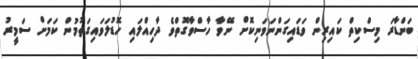
ބަންޑާރަ މިސްކިތް ކައިރިން ވަޑައިގަންނަވަނިކޮށް ނޭވާ ހާސްވާގޮތްވެ ދާހިއްލައި ހޮޑުލަވައިގަތުމުން ކަމަށް ސަމީރު